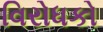
વિરોધકો